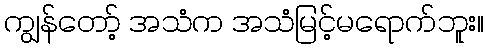
ကျွန်တော့် အသံက အသံမြင့်မရောက်ဘူး။